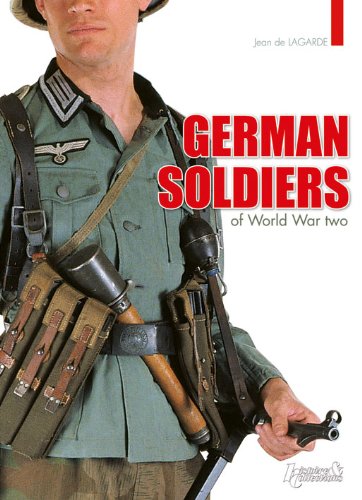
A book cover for German Soldiers of World War Two; Jean de Lagarde; Arts & Photography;